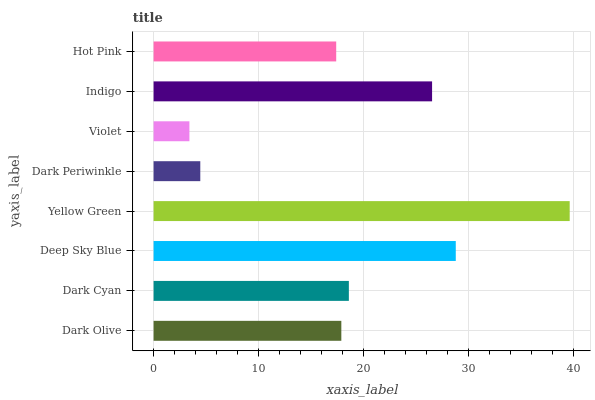
| yaxis_label | bars |
 | --- | --- |
 | Dark Olive | 17.9 |
 | Dark Cyan | 18.6 |
 | Deep Sky Blue | 28.8 |
 | Yellow Green | 39.7 |
 | Dark Periwinkle | 4.45 |
 | Violet | 3.41 |
 | Indigo | 26.5 |
 | Hot Pink | 17.4 |